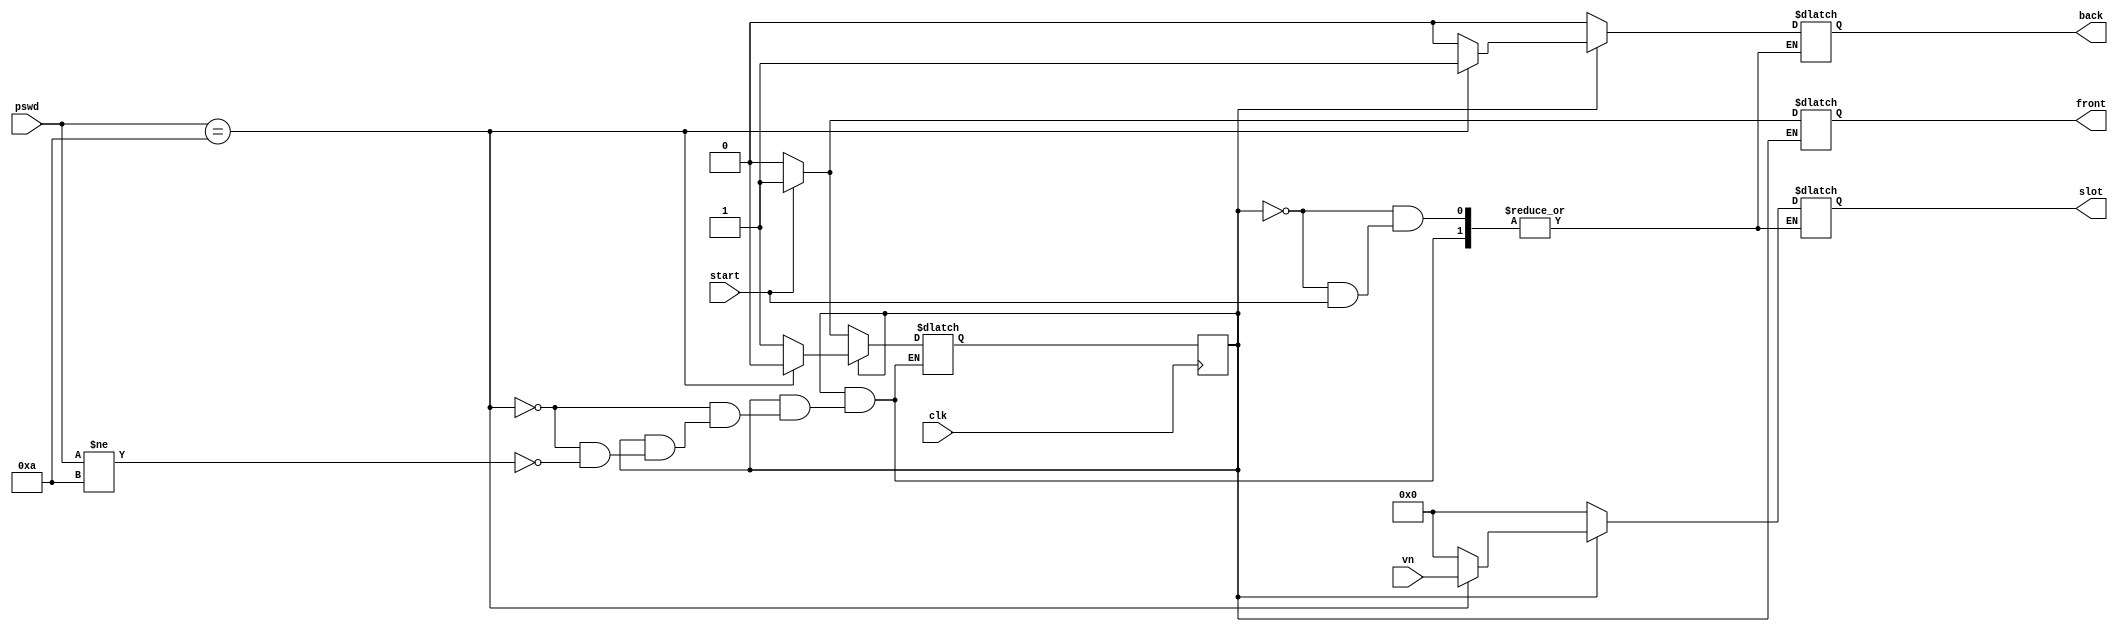
`timescale 1ns / 1ps
//////////////////////////////////////////////////////////////////////////////////
// Company: 
// Engineer: 
// 
// Design Name: 
// Module Name:    carpark 
// Project Name: 
// Target Devices: 
// Tool versions: 
// Description: 
//
// Dependencies: 
//
// Revision: 
// Revision 0.01 - File Created
// Additional Comments: 
//
//////////////////////////////////////////////////////////////////////////////////



module carpark(front,back,slot,clk,start,pswd,vn);
parameter n=4;
parameter PASSWORD= 4'b1010;
parameter CLOSE=1'b0 , OPEN= 1'b1;

output reg front,back;
output reg [3:0] slot;
input start,clk;
input [n-1:0] pswd,vn;

reg [n-1:0] park[0:15];
reg [n-1:0] c_pswd;
reg f,b,state,gate;
reg k=0;

always @(posedge clk)
begin
state<=gate;
end

always@ (*)
begin
case (state)
 CLOSE: begin
	 
	 if(start)
	  begin
	   front= 1'b1;
	   c_pswd= pswd;
	   gate= OPEN;
	  end
	 else if(!start)
	  begin
	   front= 1'b0;
           back=1'b0;
	   slot=0;
	   c_pswd=0;
	   gate= CLOSE;
	  end
	end

  OPEN: begin
	 c_pswd=pswd;
	 if(c_pswd== PASSWORD)
	  begin
	    park[k]= vn;
	    slot= vn;
	    k= k+1;
	    back=1'b1;
	    gate= CLOSE;
	   end
	  else if(c_pswd!= PASSWORD)
	    begin
	    back=1'b0;
	    slot=0;
	    gate= OPEN;
	   end
	end
  default : gate= CLOSE;
 endcase

end

endmodule